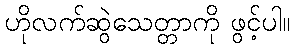
ဟိုလက်ဆွဲသေတ္တာကို ဖွင့်ပါ။